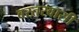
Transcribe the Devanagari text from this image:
बस्तरवासी